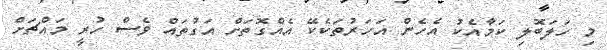
މި ހަލަބޮލި ކަމާއެކު އެހެން އަހަރުތަކެކޭ އެއްގޮތަށް އަގުތައް ވެސް ހުރީ މައްޗަށް